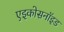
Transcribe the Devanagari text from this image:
एइकोसनॉइड